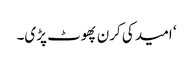
‘ امید کی کرن پھوٹ پڑی۔